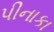
પીનાકા